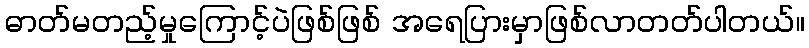
ဓာတ်မတည့်မှုကြောင့်ပဲဖြစ်ဖြစ် အရေပြားမှာဖြစ်လာတတ်ပါတယ်။